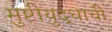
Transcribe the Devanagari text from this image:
मुष्टीयुद्धाची